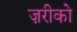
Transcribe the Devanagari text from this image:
ज़रीको